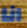
انا